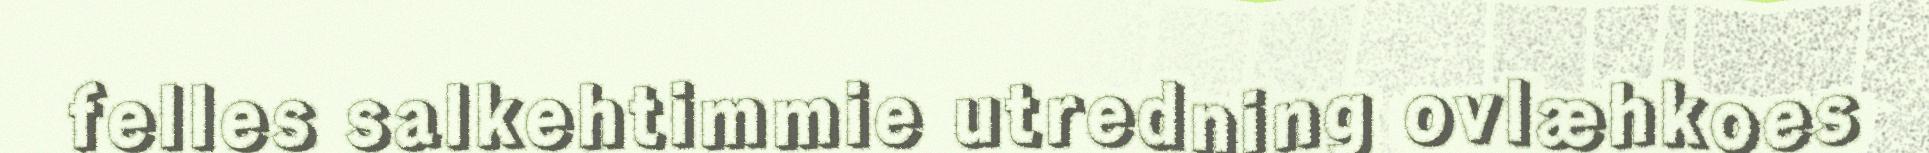
felles salkehtimmie utredning ovlæhkoes